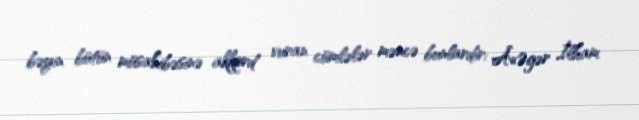
bəyin bütün müsahibəsinə akkord vuran cümlələr məncə bunlardır: Â«Əgər İlham